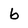
Character: b